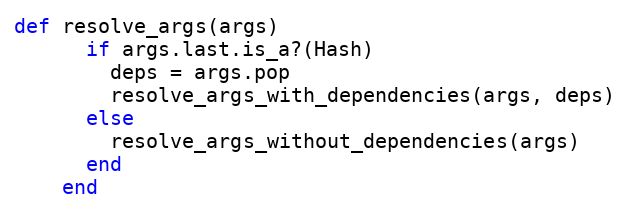
Language: Ruby
def resolve_args(args)
      if args.last.is_a?(Hash)
        deps = args.pop
        resolve_args_with_dependencies(args, deps)
      else
        resolve_args_without_dependencies(args)
      end
    end